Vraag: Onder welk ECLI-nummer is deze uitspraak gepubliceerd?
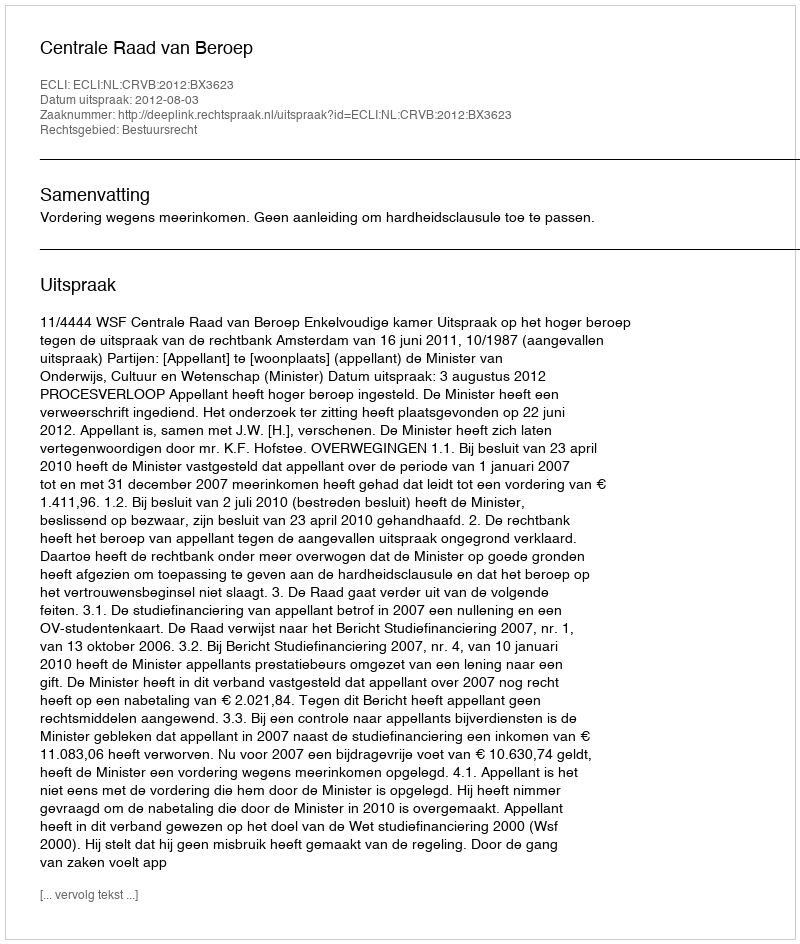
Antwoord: ECLI:NL:CRVB:2012:BX3623